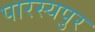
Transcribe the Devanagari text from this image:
पारस्यपुर